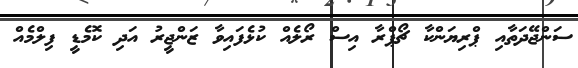
ސަންޖޭދަތާއި ޕްރިޔަންކާ ޗޯޕްރާ އިސް ރޯލެއް ކުޅެފައިވާ ޒަންޖީރު އަދި ކޮމެޑީ ފިލްމެއް